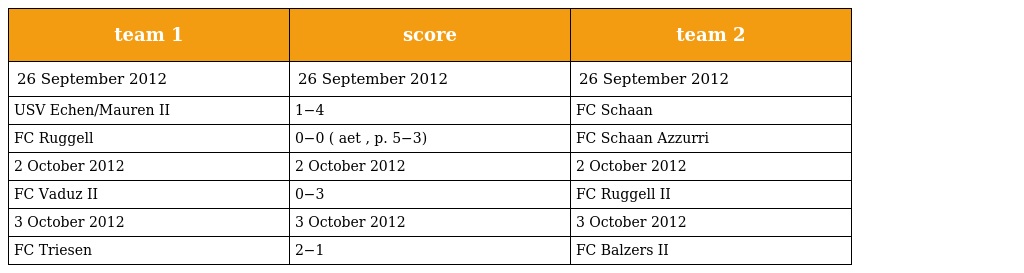
| team 1 | score | team 2 |
 | --- | --- | --- |
 | 26 September 2012 | 26 September 2012 | 26 September 2012 |
 | USV Echen/Mauren II | 1−4 | FC Schaan |
 | FC Ruggell | 0−0 ( aet , p. 5−3) | FC Schaan Azzurri |
 | 2 October 2012 | 2 October 2012 | 2 October 2012 |
 | FC Vaduz II | 0−3 | FC Ruggell II |
 | 3 October 2012 | 3 October 2012 | 3 October 2012 |
 | FC Triesen | 2−1 | FC Balzers II |